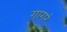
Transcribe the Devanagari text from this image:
गागरे